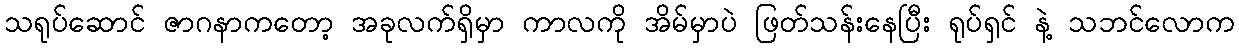
သရုပ်ဆောင် ဇာဂနာကတော့ အခုလက်ရှိမှာ ကာလကို အိမ်မှာပဲ ဖြတ်သန်းနေပြီး ရုပ်ရှင် နဲ့ သဘင်လောက